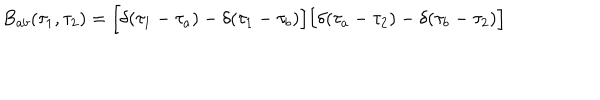
LaTeX: B _ { a b } ( \tau _ { 1 } , \tau _ { 2 } ) = \Bigl [ \delta ( \tau _ { 1 } - \tau _ { a } ) - \delta ( \tau _ { 1 } - \tau _ { b } ) \Bigr ] \Bigl [ \delta ( \tau _ { a } - \tau _ { 2 } ) - \delta ( \tau _ { b } - \tau _ { 2 } ) \Bigr ] \quad